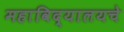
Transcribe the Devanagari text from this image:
महाविद्यालयचे